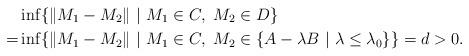
LaTeX: \begin{align*} &\inf\{\|M_1-M_2\|~|~ M_1\in C,\ M_2 \in D\}\\ =&\inf\{\|M_1-M_2\|~|~M_1\in C,\ M_2 \in \{A-\lambda B ~|~\lambda \leq \lambda_0\}\}=d>0. \end{align*}